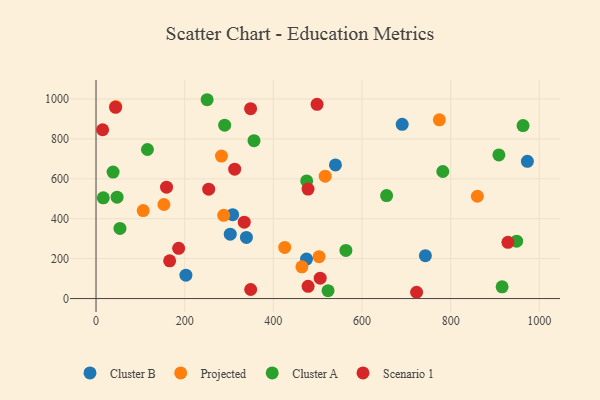
{"axis": {"x": "Ad Spend", "y": "Yield"}, "legend": ["Cluster A", "Cluster B", "Projected", "Scenario 1"], "data": [{"x": "202.8", "y": 117.2, "type": "Cluster B"}, {"x": "308.3", "y": 420.2, "type": "Cluster B"}, {"x": "743.0", "y": 214.7, "type": "Cluster B"}, {"x": "339.3", "y": 306.2, "type": "Cluster B"}, {"x": "690.7", "y": 872.9, "type": "Cluster B"}, {"x": "973.1", "y": 687.7, "type": "Cluster B"}, {"x": "302.8", "y": 322.8, "type": "Cluster B"}, {"x": "474.9", "y": 198.1, "type": "Cluster B"}, {"x": "540.1", "y": 669.5, "type": "Cluster B"}, {"x": "153.1", "y": 471.4, "type": "Projected"}, {"x": "517.0", "y": 613.1, "type": "Projected"}, {"x": "425.7", "y": 256.4, "type": "Projected"}, {"x": "464.4", "y": 159.1, "type": "Projected"}, {"x": "44.4", "y": 962.6, "type": "Projected"}, {"x": "860.3", "y": 512.8, "type": "Projected"}, {"x": "774.5", "y": 895.5, "type": "Projected"}, {"x": "106.4", "y": 440.7, "type": "Projected"}, {"x": "288.0", "y": 417.2, "type": "Projected"}, {"x": "283.0", "y": 714.1, "type": "Projected"}, {"x": "503.2", "y": 209.7, "type": "Projected"}, {"x": "908.8", "y": 719.8, "type": "Cluster A"}, {"x": "356.4", "y": 791.1, "type": "Cluster A"}, {"x": "290.2", "y": 868.7, "type": "Cluster A"}, {"x": "475.2", "y": 589.4, "type": "Cluster A"}, {"x": "655.5", "y": 516.3, "type": "Cluster A"}, {"x": "916.1", "y": 58.9, "type": "Cluster A"}, {"x": "782.3", "y": 636.8, "type": "Cluster A"}, {"x": "16.4", "y": 504.7, "type": "Cluster A"}, {"x": "563.7", "y": 241.3, "type": "Cluster A"}, {"x": "250.6", "y": 996.4, "type": "Cluster A"}, {"x": "38.5", "y": 633.8, "type": "Cluster A"}, {"x": "116.0", "y": 747.0, "type": "Cluster A"}, {"x": "54.0", "y": 351.7, "type": "Cluster A"}, {"x": "963.3", "y": 866.7, "type": "Cluster A"}, {"x": "47.5", "y": 508.2, "type": "Cluster A"}, {"x": "948.9", "y": 287.8, "type": "Cluster A"}, {"x": "523.4", "y": 39.5, "type": "Cluster A"}, {"x": "929.2", "y": 281.7, "type": "Scenario 1"}, {"x": "44.1", "y": 958.2, "type": "Scenario 1"}, {"x": "478.3", "y": 548.5, "type": "Scenario 1"}, {"x": "505.7", "y": 102.2, "type": "Scenario 1"}, {"x": "334.4", "y": 382.7, "type": "Scenario 1"}, {"x": "166.1", "y": 189.0, "type": "Scenario 1"}, {"x": "498.6", "y": 973.1, "type": "Scenario 1"}, {"x": "186.4", "y": 251.8, "type": "Scenario 1"}, {"x": "312.8", "y": 648.3, "type": "Scenario 1"}, {"x": "159.1", "y": 558.2, "type": "Scenario 1"}, {"x": "14.9", "y": 846.0, "type": "Scenario 1"}, {"x": "348.9", "y": 45.4, "type": "Scenario 1"}, {"x": "348.7", "y": 951.8, "type": "Scenario 1"}, {"x": "254.2", "y": 548.1, "type": "Scenario 1"}, {"x": "723.2", "y": 31.5, "type": "Scenario 1"}, {"x": "478.4", "y": 61.2, "type": "Scenario 1"}]}